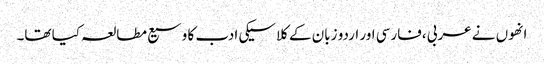
انھوں نے عربی ،فارسی اور اردو زبان کے کلاسیکی ادب کا وسیع مطالعہ کیا تھا۔